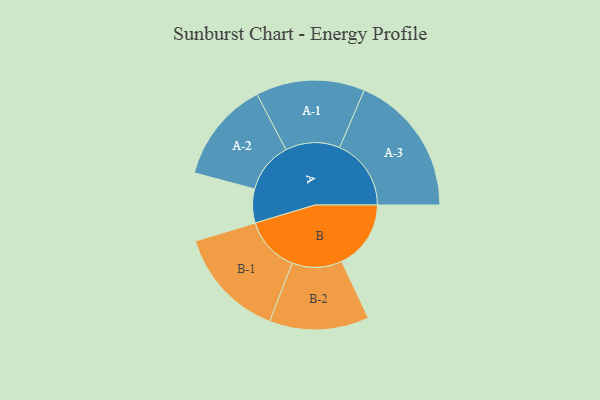
{"axis": {"x": "Segment", "y": "Value"}, "legend": ["", "A", "B"], "data": [{"x": "A", "y": 119, "type": ""}, {"x": "B", "y": 243, "type": ""}, {"x": "A-1", "y": 191, "type": "A"}, {"x": "A-2", "y": 178, "type": "A"}, {"x": "A-3", "y": 251, "type": "A"}, {"x": "B-1", "y": 195, "type": "B"}, {"x": "B-2", "y": 175, "type": "B"}]}